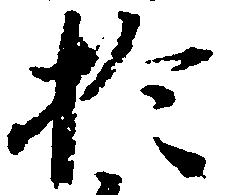
於